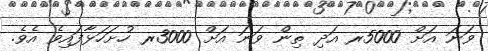
ވަނަ އަށް 5000ރ އަދި ތިން ވަނަ އަށް 3000ރ ހުށަހަޅާފައިވެ އެވެ.